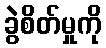
ခွဲစိတ်မှုကို